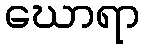
ဃောရာ